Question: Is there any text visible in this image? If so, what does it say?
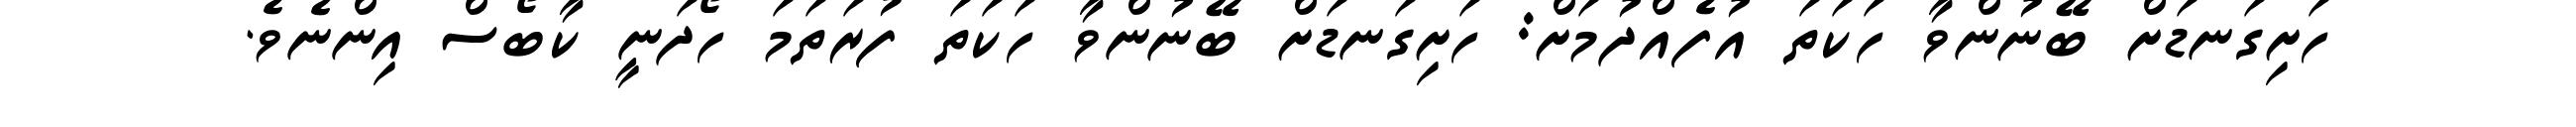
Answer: ހަށިގަނޑަށް ބޭނުންވާ ހަކަތަ އުފެއްދުމަށް: ހަށިގަނޑަށް ބޭނުންވާ ހަކަތަ ފުރަތަމަ ހޯދަނީ ކާބޯސް އިންނެވެ.